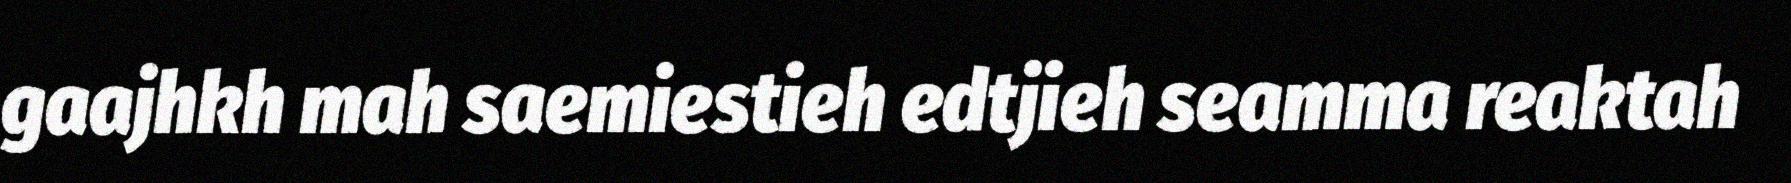
gaajhkh mah saemiestieh edtjieh seamma reaktah